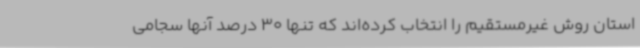
استان روش غیرمستقیم را انتخاب کرده‌اند که تنها 30 درصد آنها سجامی